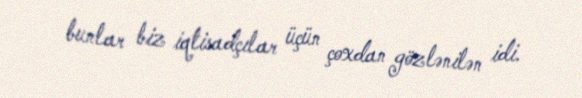
bunlar biz iqtisadçılar üçün çoxdan gözlənilən idi.